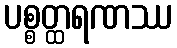
ပစ္စတ္ထရဏဿ